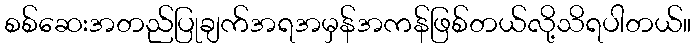
စစ်ဆေးအတည်ပြုချက်အရအမှန်အကန်ဖြစ်တယ်လို့သိရပါတယ်။